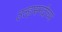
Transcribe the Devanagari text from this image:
उल्हासनदीच्या